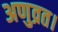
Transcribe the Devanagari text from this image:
अणुव्रत।